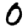
Digit: 0